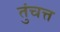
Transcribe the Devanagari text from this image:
तुंचत्त